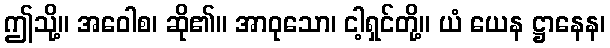
ဤသို့။ အဝေါစ၊ ဆို၏။ အာဝုသော၊ ငါ့ရှင်တို့။ ယံ ယေန ဋ္ဌာနေန၊